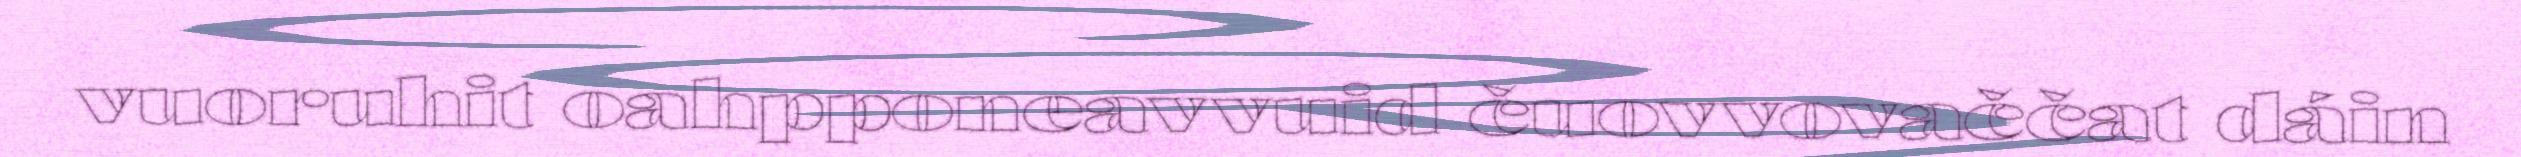
vuoruhit oahpponeavvuid čuovvovaččat dáin